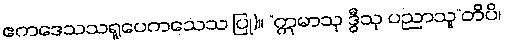
ဧကဒေသသရူပေကသေသ ပြု)။ “ဣမာသု ဒွီသု ပညာသူ”တိပိ၊